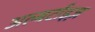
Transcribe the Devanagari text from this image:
अल्बर्टाइज़